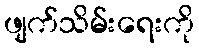
ဖျက်သိမ်းရေးကို